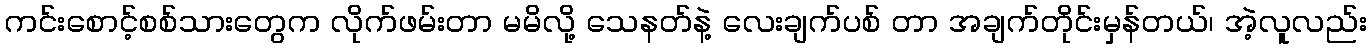
ကင်းစောင့်စစ်သားတွေက လိုက်ဖမ်းတာ မမိလို့ သေနတ်နဲ့ လေးချက်ပစ် တာ အချက်တိုင်းမှန်တယ်၊ အဲ့လူလည်း